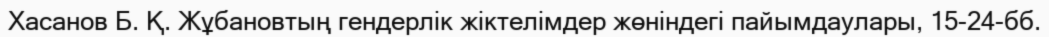
Хасанов Б. Қ. Жұбановтың гендерлік жіктелімдер жөніндегі пайымдаулары, 15-24-бб.